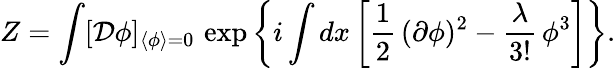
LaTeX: Z=\int[{\cal D}\phi]_{\langle\phi\rangle=0}\, \exp\left\{ i\int dx\left[\frac{1}{2}\, (\partial\phi)^{2}-\frac{\lambda}{3!}\, \phi^{3}\right]\right\} .